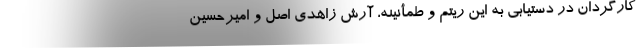
کارگردان در دستیابی به این ریتم و طمأنینه، آرش‌ زاهدی اصل و امیرحسین